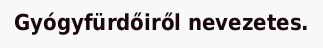
Gyógyfürdőiről nevezetes.